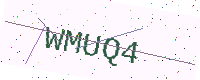
Text: WMUQ4